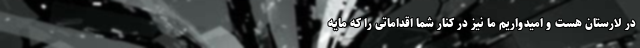
در لارستان هست و امیدواریم ما نیز در کنار شما اقداماتی را که مایه